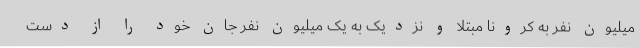
میلیون نفر به کرونا مبتلا و نزدیک به یک میلیون نفر جان خود را از دست